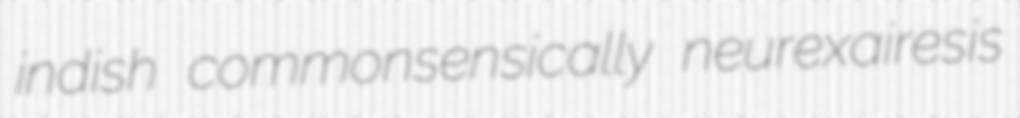
indish commonsensically neurexairesis